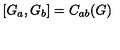
[ G _ { a } , G _ { b } ] = C _ { a b } ( G )